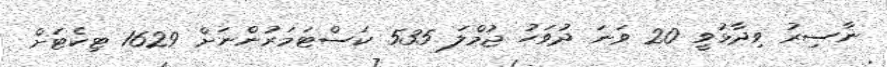
ނާސިރު ވިދާޅުވީ 20 ވަނަ ދުވަހު ޖުމްލަ 535 ކަސްޓަމަރުންނަށް 1629 ޓިކެޓަށް